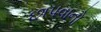
છાપવાનો